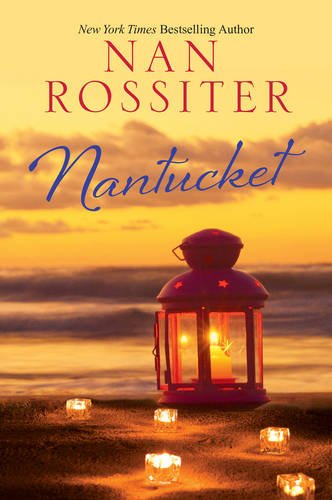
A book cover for Nantucket; Nan Rossiter; Literature & Fiction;